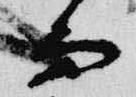
而